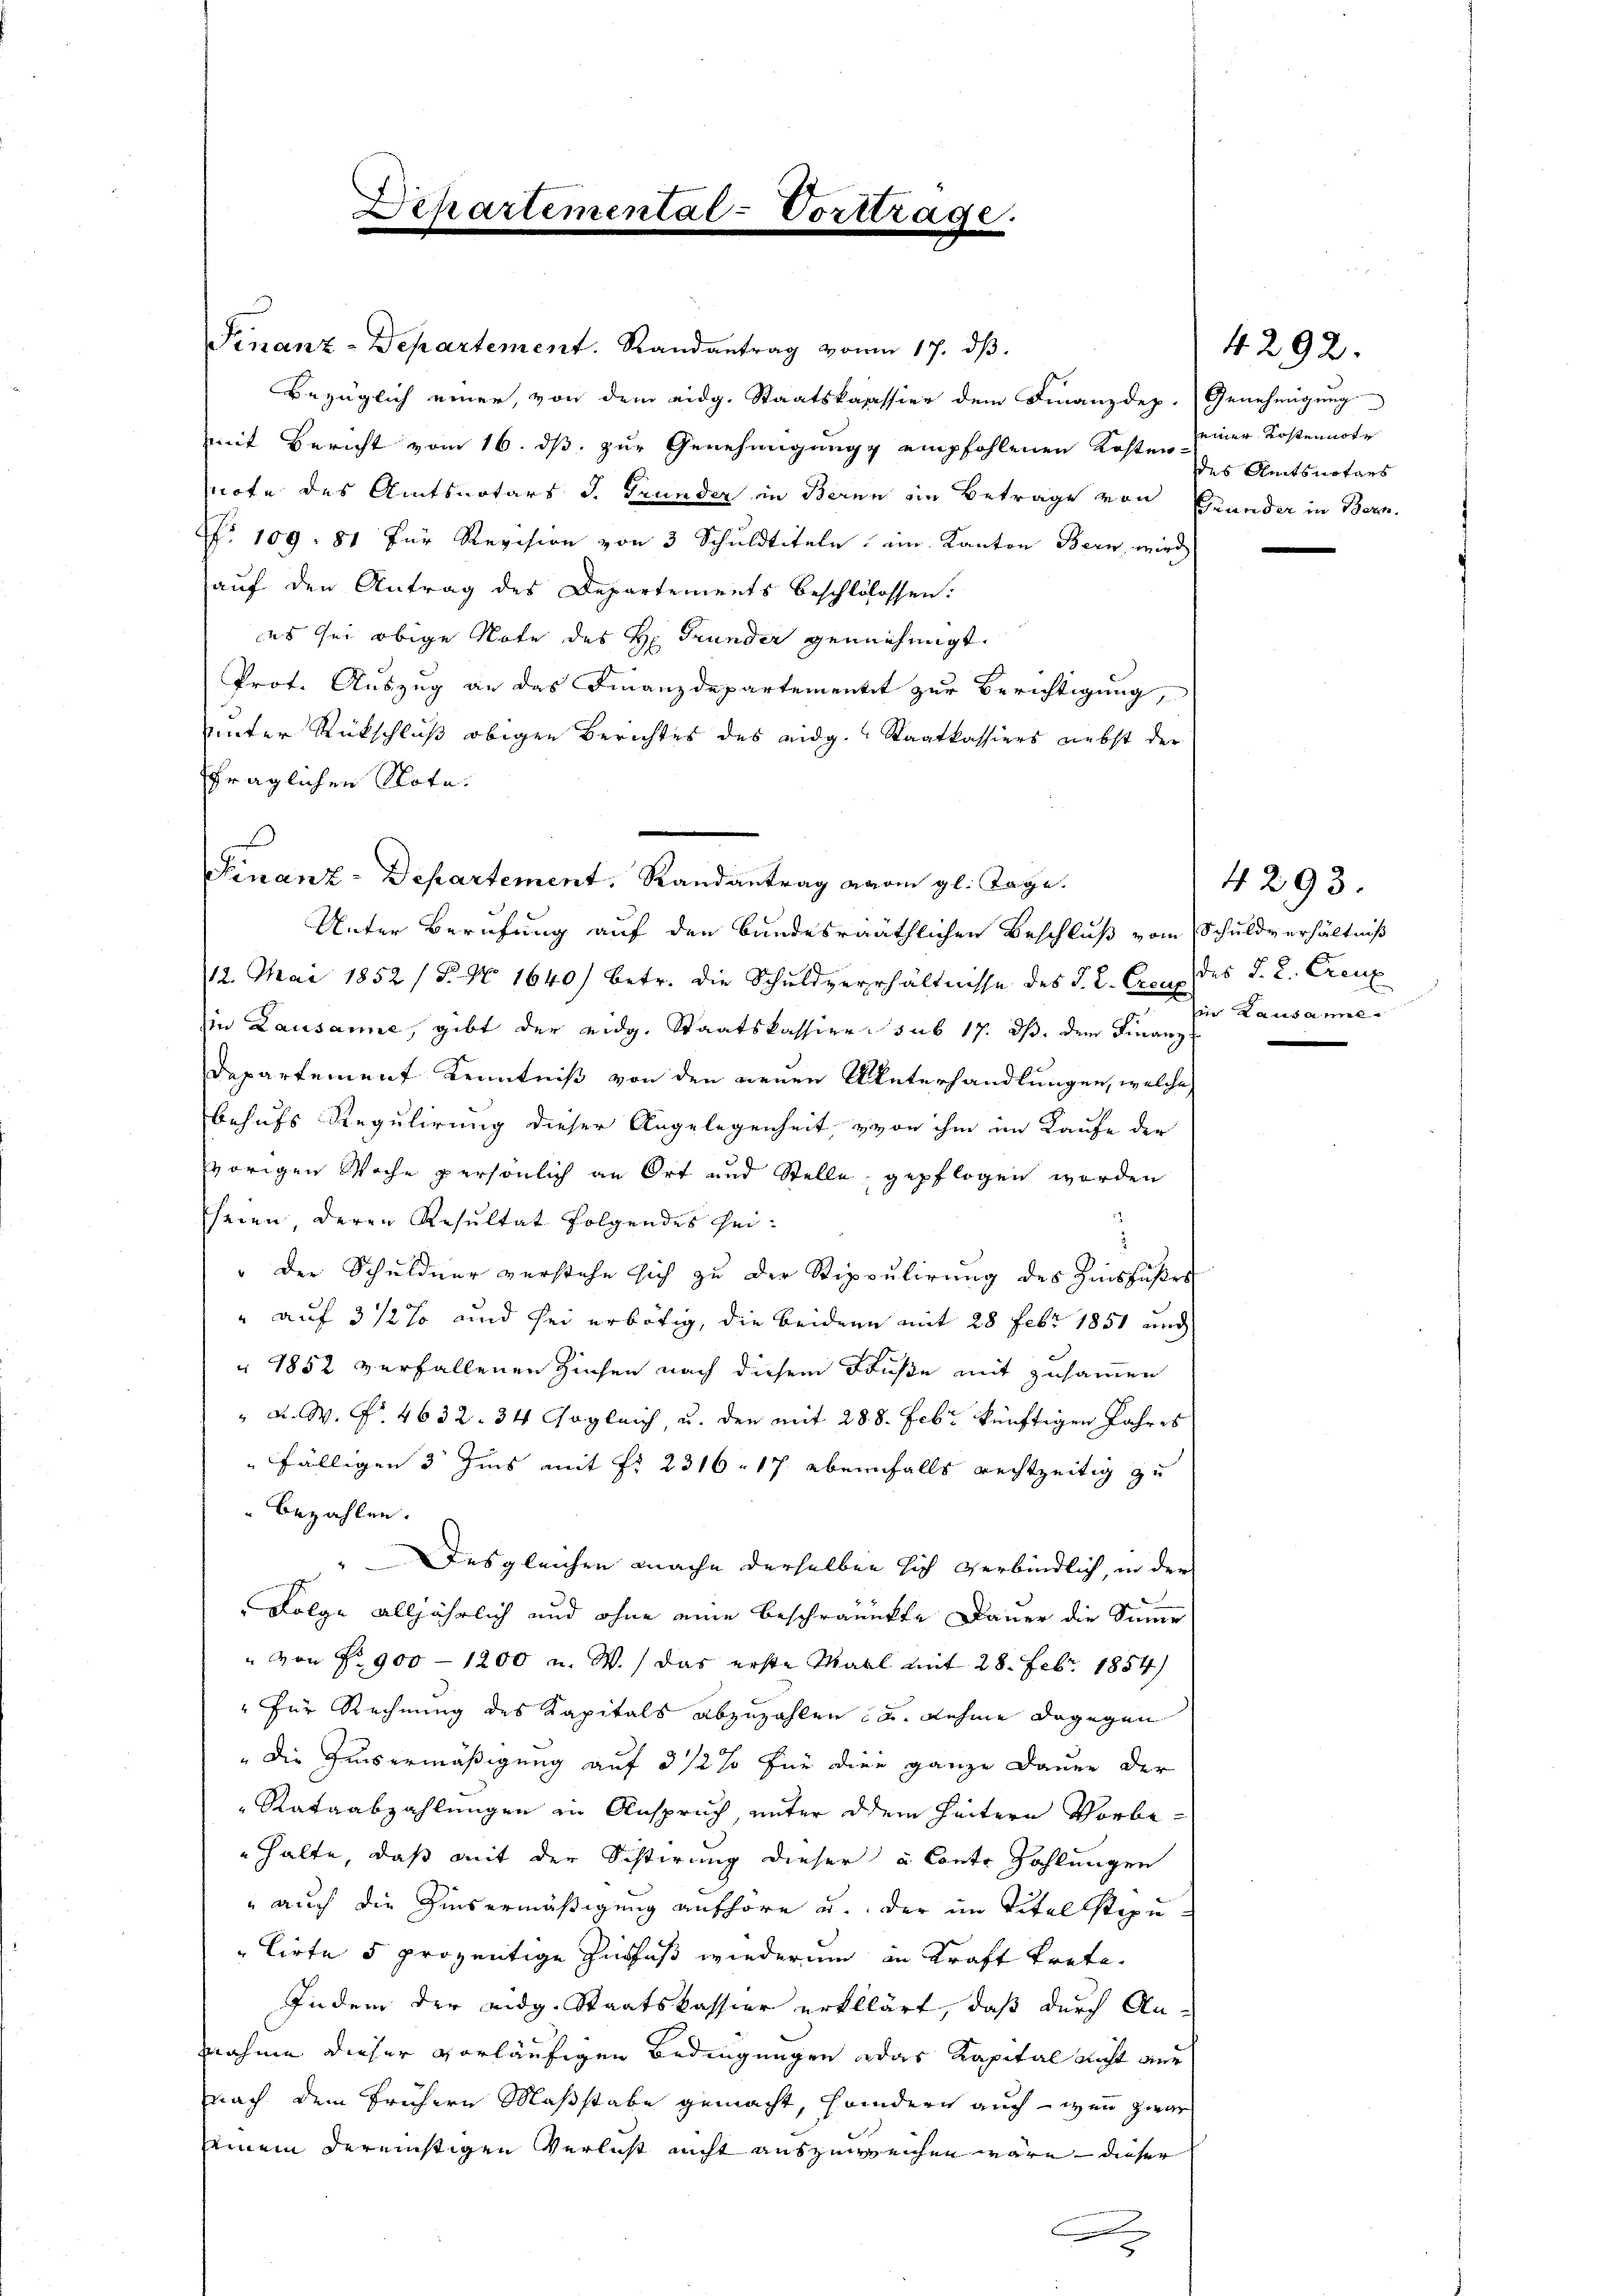
.
Finanz-Departement. Randantrag vom gl. Tage.

Departemental-Vorttrage.

Finanz-Departement. Randantrag von 17. dβ.
Bezüglich einer, von dem eidg. Staatskassier dem Finanzdep. Genehmigung
mit Bericht vom 16. ds. zur Genehmigung empfohlenen Kosten seiner Kostennote
ote des Amtsnotars S. Grunder in Bernn ein Betrage von Grunder in Bern.
No 109. 81 für Revision von 3 Schuldtiteln ein Kanton Bern wird
auf den Antrag des Departements beschlolossen.
es sei obige Note des H. Grunder genehmigt.
Prot. Auszug an das Finanzdepartementit zur Berichtigung,
Unter Rückschluß obigen Berichtes des eidg. Staatkassiers nebst der
fraglichen Note.
Unter Berufung auf den bundesräthlichen Beschluß vom Schulde erhältniß
112. Mai 1852 / 5. No 1640) betr. die Schuldverhältnisse des J. L. Ercus des §. 2. Creuz
in Lausanne, gibt der eidg. Staatskassier sub 17. ds. dem Finanz
Departement Kenntniß von den neuen Unterhandlungen, welche
behufs Regulirung dieser Angelegenheit, von ihm im Kaufe der
vorigen Woche persönlich an Ort und Stelle gepflogen worden
seien, deren Resultat folgendes sei¬
" der Schuldner verstehe sich zu der Stippulirung des Zinsfußes
" auf 3 1/2 % und sei erbötig, die beidenn mit 28 febr 1851 und
 1852 verfallenen Zinsen nach diesem Fuße mit zusammen
" K. W. P. 4632. 34 sogleich, u. den mit 288. Febr künftigen Jahres
fälligen 3 Zins mit fr 2316, 17 abernfalls rechtzeitig zu
bezahlen.
"Desgleichen mache derselben sich verbindlich, in der
Folge alljährlich und ohne eine beschränkte Dauer die Sinne
" von Nr. 900 - 1200 u. W.) das erste Mall mit 28. Febr. 1854
" für Rechnung des Kapitals abzuzahlen u. nehme dagegen
"Die Zinsermäßigung auf 3 1/2 % für die ganze Dauer der
Rataabzahlungen in Anspruch, unter dem Heitern Vorbehalte, daß mit der Sistirung dieser u Conte Zahlungen
" auch die Zinsermäßigung aufhöre u. der im Titel stipu¬
Cirte 5 prozentige Zinsfuß wiederum in Kraft trete
Indem der eidg. Staatskassier erklärt, daß durch An-
nahme dieser vorläufigen Bedingungen das Kapital nicht nur
nach dem frühern Maßstabe gemacht, Handern auch wenn zwar
inein dereinstigen Verlust nicht auszuweichen wäre – dieser
A

des Amtsnotars

4292.

4293.
in Lausanne.